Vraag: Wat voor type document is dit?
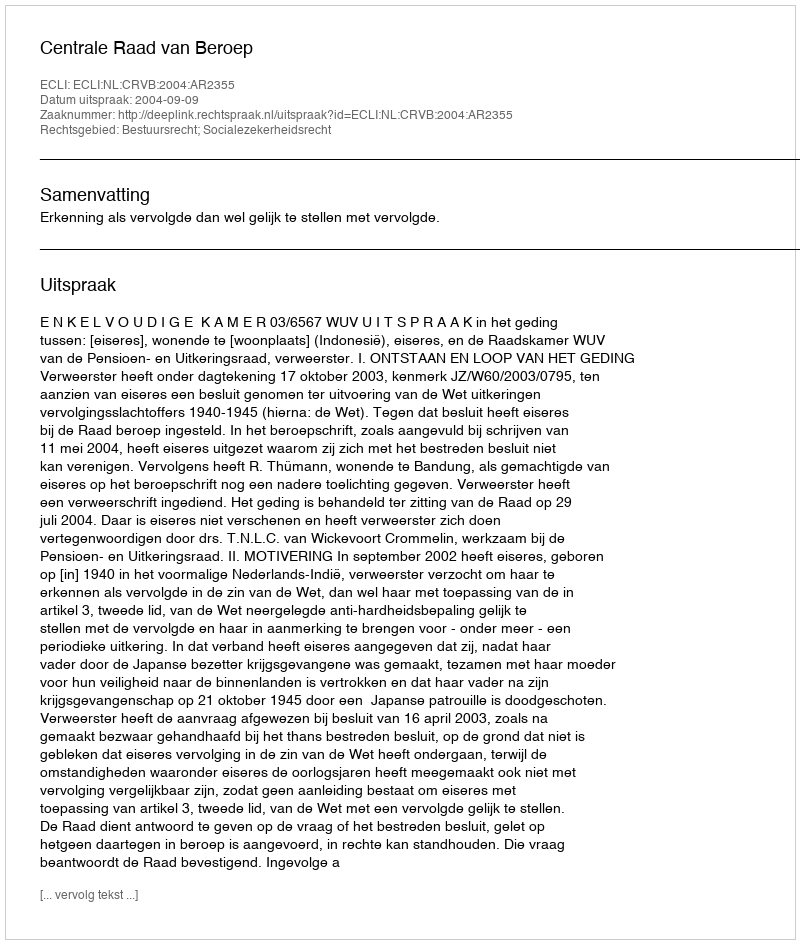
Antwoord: Uitspraak